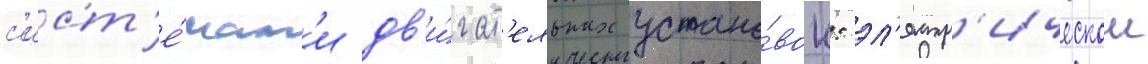
с'ист'е́мам'и дв'и́гат'ельных устано́вок: эл'ектр'ическои